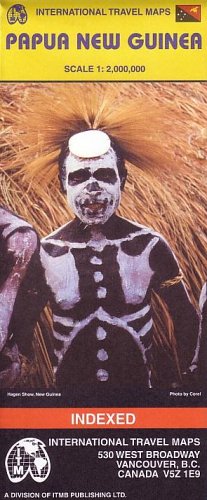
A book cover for Papua New Guinea Map by ITMB (Travel Reference Map); ITMB Publishing; Travel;